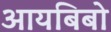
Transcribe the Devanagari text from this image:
आयबिबो